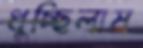
ধুচ্ছিলাম